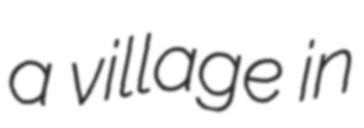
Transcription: a village in